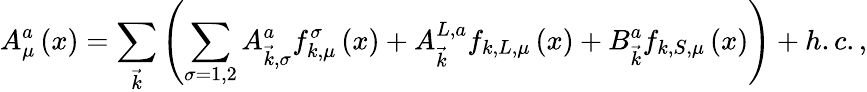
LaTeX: A_{\mu}^{a}\left(x\right)=\sum_{\vec{k}}\left(\sum_{\sigma=1,2}A_{\vec{k},\sigma}^{a}f_{k,\mu}^{\sigma}\left(x\right)+A_{\vec{k}}^{L,a}f_{k,L,\mu}\left(x\right)+B_{\vec{k}}^{a}f_{k,S,\mu}\left(x\right)\right)+h.c.,